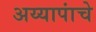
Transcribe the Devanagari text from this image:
अय्यापांचे